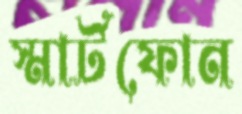
স্মার্টফোন